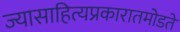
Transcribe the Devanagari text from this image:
ज्यासाहित्यप्रकारातमोडते